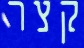
קצר